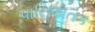
પારિજાતક